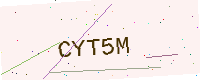
Text: CYT5M